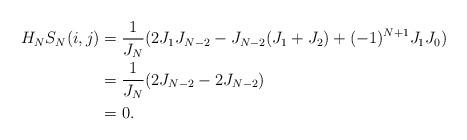
LaTeX: \begin{align*} H_NS_N(i,j)&=\frac{1}{J_N}(2J_1J_{N-2}-J_{N-2}(J_1+J_2)+(-1)^{N+1}J_1J_0)\\ &=\frac{1}{J_N}(2J_{N-2}-2J_{N-2})\\ &=0.\end{align*}